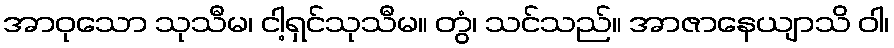
အာဝုသော သုသီမ၊ ငါ့ရှင်သုသီမ။ တွံ၊ သင်သည်။ အာဇာနေယျာသိ ဝါ၊